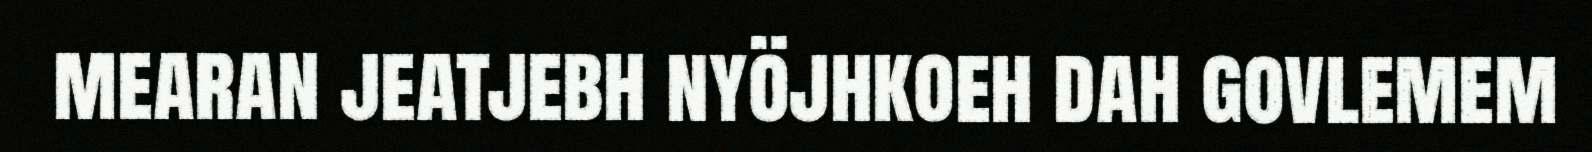
mearan jeatjebh nyöjhkoeh dah govlemem